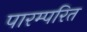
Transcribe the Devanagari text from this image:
पारम्परित